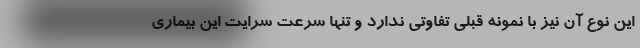
این نوع آن نیز با نمونه قبلی تفاوتی ندارد و تنها سرعت سرایت این بیماری